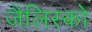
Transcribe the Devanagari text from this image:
जैलिस्को